Lunatic asylums Madras 1877-1891 - 1877-1891
Year: 1877
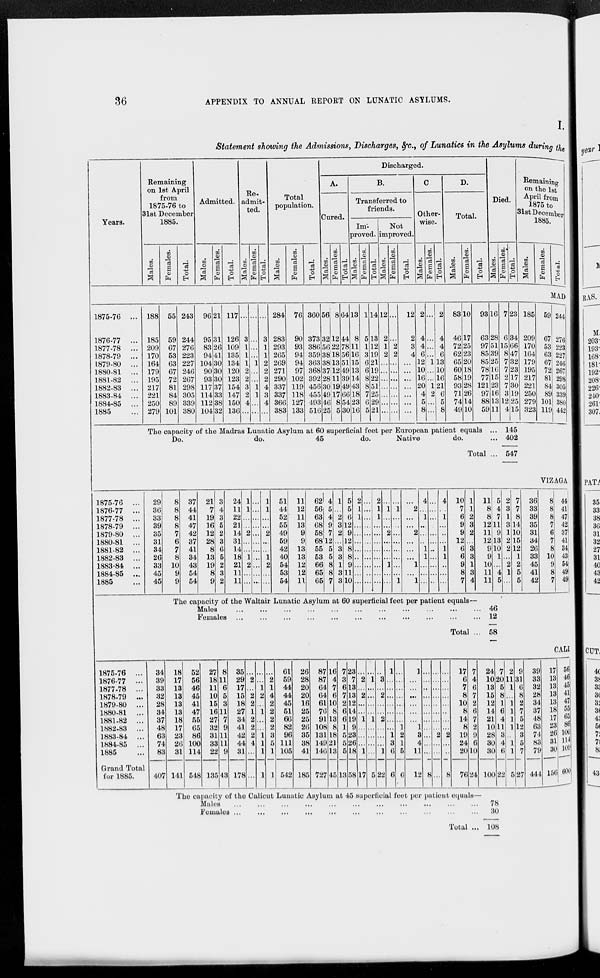
36
APPENDIX TO ANNUAL REPORT ON LUNATIC ASYLUMS.
I.
Statement showing the Admissions, Discharges, &c., of Lunatics in the Asylums during the
Years.
Remaining
on 1st April
from
1875-76 to
31st December
1885.
Males.
Females.
Total.
Admitted.
Males.
Females.
Total.
Re-
admit-
ted.
Males.
Females.
Total.
Total
population.
Males.
Females.
Total.
Discharged.
A.
Cured.
Males.
Females.
Total.
B.
Transferred to
friends.
Im-
proved.
Males.
Females.
Total.
Not
improved.
Males.
Females.
Total.
C.
Other-
wise.
Males.
Females.
Total.
D.
Total.
Males.
Females.
Total.
Died.
Males.
Females.
Total.
Remaining
On the 1st
April from
1875 to
31st December
1885.
Males.
Females.
Total.
MAD
1875-76 ...
1876-77 ...
1877-78 ...
1878-79 ...
1879-80 ...
1880-81 ...
1881-82 ...
1882-83 ...
1883-84 ...
1884-85 ...
1885 ...
188
185
209
170
164
179
195
217
221
250
279
55
59
67
53
63
67
72
81
84
89
101
243
244
276
223
227
246
267
298
305
339
380
96
95
83
94
104
90
93
117
114
112
104
21
31
26
41
30
30
30
37
33
38
32
117
126
109
135
134
120
123
154
147
150
136
...
3
1
1
1
2
2
3
2
4
...
...
...
...
...
1
...
...
1
1
...
...
...
3
1
1
2
2
2
4
3
4
...
284
283
293
265
269
271
290
337
337
366
383
76
90
93
94
94
97
102
119
118
127
133
360
373
386
359
363
368
392
456
455
493
516
56
32
56
38
38
37
28
30
49
46
25
8
12
22
18
13
12
11
19
17
8
5
64
44
78
56
51
49
39
49
66
54
30
13
8
11
16
15
13
14
43
18
23
16
1
5
1
3
6
6
8
8
7
6
5
14
13
12
19
21
19
22
51
25
29
21
12
2
1
2
...
...
...
...
...
...
...
...
...
2
2
...
...
...
...
...
...
...
12
2
3
4
...
...
...
...
...
...
...
2
4
4
6
12
10
16
20
4
5
8
...
...
...
...
1
...
...
1
2
...
...
2
4
4
6
13
10
16
21
6
5
8
83
46
72
62
65
60
58
93
71
74
49
10
17
25
23
20
18
19
28
26
14
10
93
63
97
85
85
78
77
121
97
88
59
16
28
51
39
25
16
15
23
16
13
11
7
6
15
8
7
7
2
7
3
12
4
23
34
66
47
32
23
17
30
19
25
15
185
209
170
164
179
195
217
221
250
279
323
59
67
53
63
67
72
81
84
89
101
119
244
276
223
227
246
267
298
305
339
380
442
The capacity of the Madras Lunatic Asylum at 60 superficial feet per European patient equals ...
Do.
do.
45
do.
Native
do. ...
Total ...
145
402
547
VIZAGA
1875-76 ...
1876-77 ...
1877-78 ...
1878-79 ...
1879-80 ...
1880-81 ...
1881-82 ...
1882-83 ...
1883-84 ...
1884-85 ...
1885 ...
29
36
33
39
35
31
34
26
33
45
45
8
8
8
8
7
6
7
8
10
9
9
37
44
41
47
42
37
41
34
43
54
54
21
7
19
16
12
28
8
13
19
8
9
3
4
3
5
2
3
6
5
2
3
2
24
11
22
21
14
31
14
18
21
11
11
1
1
...
...
2
...
...
1
2
...
...
...
...
...
...
...
...
...
...
...
...
...
1
1
...
2
...
...
1
2
...
...
51
44
52
55
49
59
42
40
54
53
54
11
12
11
13
9
9
13
13
12
12
11
62
56
63
68
58
68
55
53
66
65
65
4
5
4
9
7
12
5
5
8
8
7
1
...
2
3
2
...
3
3
1
3
3
5
5
6
12
9
12
8
8
9
11
10
2
1
1
...
...
...
...
...
...
...
...
...
...
...
...
...
...
...
...
...
...
...
2
1
1
...
...
...
...
...
...
...
...
...
1
...
...
2
...
...
...
1
...
...
...
1
...
...
...
...
...
...
...
...
1
...
2
...
...
2
...
...
...
1
...
1
4
...
1
...
...
...
1
1
...
...
...
...
...
...
...
...
...
...
...
...
...
...
4
...
1
...
...
...
1
1
...
...
...
10
7
6
9
9
12
6
6
9
8
7
1
1
2
3
2
...
3
3
1
3
4
11
8
8
12
11
12
9
9
10
11
11
5
4
7
11
9
13
10
1
...
4
5
2
3
1
3
1
2
2
...
2
1
...
7
7
8
14
10
15
12
1
2
5
5
36
33
39
35
31
34
26
33
45
41
42
8
8
8
7
6
7
8
10
9
8
7
44
41
47
42
37
41
34
43
54
49
49
The capacity of the Waltair Lunatic Asylum at 60 superficial feet per patient equals—
Males ... ... ... ... ... ... ... ... ... ... ... ... ... ... ... ...
Females ... ... ... ... ... ... ... ... ... ... ... ... ... ... ... ...
Total ...
46
12
58
CALI
1875-76 ...
1876-77 ...
1877-78 ...
1878-79 ...
1879-80 ...
1880-81 ...
1881-82 ...
1882-83 ...
1883-84 ...
1884-85 ...
1885 ...
Grand Total
for 1885.
34
39
33
32
28
34
37
48
63
74
83
407
18
17
13
13
13
13
18
17
23
26
31
141
52
56
46
45
41
47
55
65
86
100
114
548
27
18
11
10
15
16
27
32
31
33
22
135
8
11
6
5
3
11
7
9
11
11
9
43
35
29
17
15
18
27
34
41
42
44
31
178
...
2
...
2
2
1
2
2
2
4
...
...
...
...
1
2
...
1
...
...
1
1
1
1
...
2
1
4
2
2
2
2
3
5
1
1
61
59
44
44
45
51
66
82
96
111
105
542
26
28
20
20
16
25
25
26
35
38
41
185
87
87
64
64
61
76
91
108
131
149
146
727
16
4
7
6
10
8
13
8
18
21
13
45
7
3
6
7
2
6
6
1
5
5
5
13
23
7
13
13
12
14
19
9
23
26
18
58
...
2
...
2
...
...
1
...
...
...
1
17
...
1
...
...
...
...
1
...
...
...
...
6
...
3
...
2
...
...
2
...
...
...
1
22
1
...
...
...
...
...
...
...
1
3
6
6
...
...
...
...
...
...
...
1
2
1
5
6
1
...
...
...
...
...
...
1
3
4
11
12
...
...
...
...
...
...
...
...
...
...
...
8
...
...
...
...
...
...
...
...
2
...
...
...
...
...
...
...
...
...
...
...
2
...
...
8
17
6
7
8
10
8
14
8
19
24
20
76
7
4
6
7
2
6
7
2
9
6
10
24
24
10
13
15
12
14
21
10
28
30
30
100
7
20
5
8
1
6
4
11
3
4
6
22
2
11
1
1
1
1
1
1
1
5
9
31
6
8
2
7
5
12
3
5
7
27
39
33
32
28
34
37
48
63
74
83
79
444
17
13
13
13
13
18
17
23
26
31
30
156
56
46
45
41
47
55
65
86
100
114
109
600
The capacity of the Calicut Lunatic Asylum at 45 superficial feet per patient equals––
Males ... ... ... ... ... ... ... ... ... ... ...
Females ...
...
...
...
...
...
...
...
...
...
...
Total ...
78
30
108